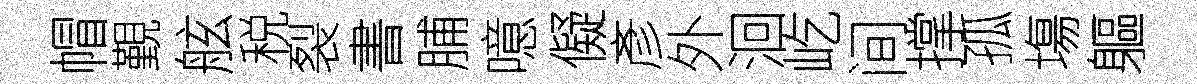
帽覲舷税裂書脯噫儗彥外洄屹间撑孤塲軀